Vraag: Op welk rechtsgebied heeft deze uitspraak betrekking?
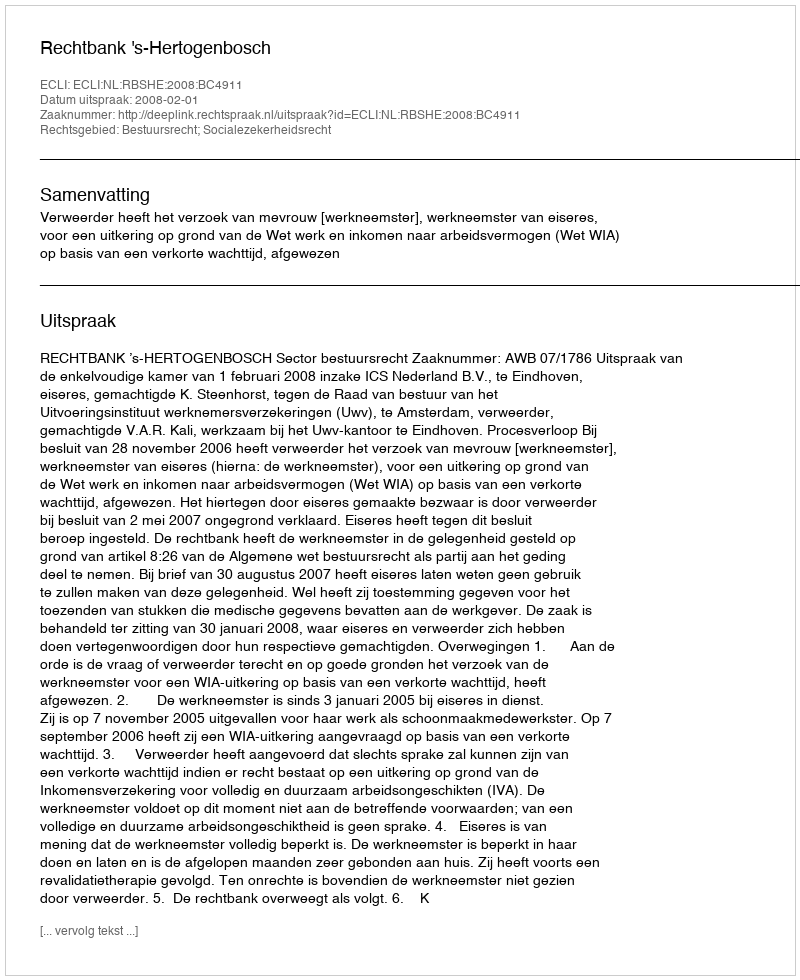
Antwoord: Bestuursrecht; Socialezekerheidsrecht